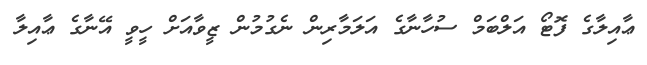
ޢާއިލާގެ ފޮޓޯ އަލްބަމް ސުހާނާގެ އަލަމާރިން ނެގުމުން ޒީވާއަށް ހީވީ އޭނާގެ ޢާއިލާ